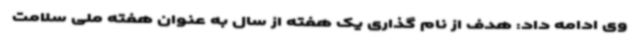
وی ادامه داد: هدف از نام گذاری یک هفته از سال به عنوان هفته ملی سلامت